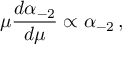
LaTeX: \mu { \frac { d \alpha _ { - 2 } } { d \mu } } \propto \alpha _ { - 2 } \nonumber \, ,